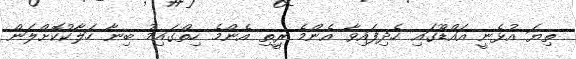
ތިޔަ އުޅެނީ އައްޑޫގައި ހެދިފައިވާ އެންމެ ރިީތި އެންމެ ހިތްގައިމު ބިނާ ހަލާކުކޮށްލަން